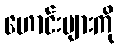
ဟောင်းများကို